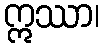
ဣဿာ၊